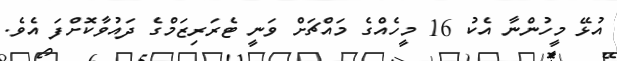
އުޅޭ މީހުންނާ އެކު 16 މީހެއްގެ މައްޗަށް ވަނީ ޓެރަރިޒަމްގެ ދައުވާކޮށްފަ އެވެ.